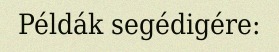
Példák segédigére: